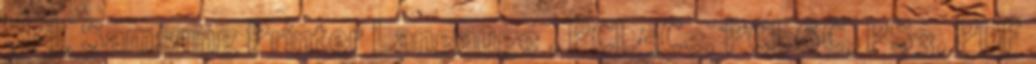
SPL Samsung Printer Langauge , PCL5Ce, PCL6C, PS3, PDF